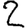
Digit: 2